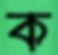
ক